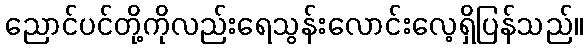
ညောင်ပင်တို့ကိုလည်းရေသွန်းလောင်းလေ့ရှိပြန်သည်။